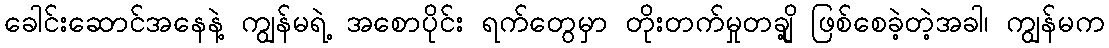
ခေါင်းဆောင်အနေနဲ့ ကျွန်မရဲ့ အစောပိုင်း ရက်တွေမှာ တိုးတက်မှုတချို့ ဖြစ်စေခဲ့တဲ့အခါ၊ ကျွန်မက